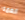
العمه